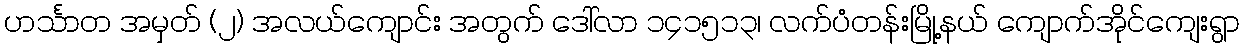
ဟင်္သာတ အမှတ် (၂) အလယ်ကျောင်း အတွက် ဒေါ်လာ ၁၄၁၅၁၃၊ လက်ပံတန်းမြို့နယ် ကျောက်အိုင်ကျေးရွာ